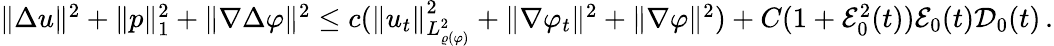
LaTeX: \begin{array}{r}{\| \Delta u\| ^{2}+\| p\| _{1}^{2}+\| \nabla\Delta\varphi\| ^{2}\leq c(\| u_{t}\| _{L_{\varrho(\varphi)}^{2}}^{2}+\| \nabla\varphi_{t}\| ^{2}+\| \nabla\varphi\| ^{2})+C(1+\mathcal{E}_{0}^{2}(t))\mathcal{E}_{0}(t)\mathcal{D}_{0}(t)\, .}\end{array}